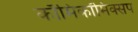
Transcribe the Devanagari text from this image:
काॅमिकॉमिक्सप